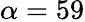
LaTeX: \alpha=59